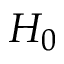
H _ { 0 }